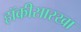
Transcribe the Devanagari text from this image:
हॉकीसारखा